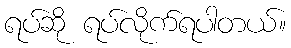
ရပ်ဆို ရပ်လိုက်ရပါတယ်။